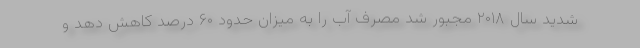
شدید سال ۲۰۱۸ مجبور شد مصرف آب را به میزان حدود ۶۰ درصد کاهش دهد و